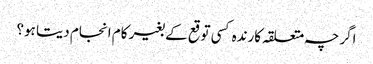
اگرچہ متعلقہ کارندہ کسی توقع کے بغیر کام انجام دیتا ہو؟